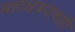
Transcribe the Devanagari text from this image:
महाक्षत्रपाचाही